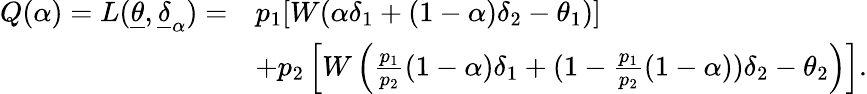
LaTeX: \begin{array}{rl}{Q(\alpha)=L(\underline{{\theta}},\underline{{\delta}}_{\alpha})=}&{p_{1}[W(\alpha\delta_{1}+(1-\alpha)\delta_{2}-\theta_{1})]}\\ &{+p_{2}\left[W\left(\frac{p_{1}}{p_{2}}(1-\alpha)\delta_{1}+(1-\frac{p_{1}}{p_{2}}(1-\alpha))\delta_{2}-\theta_{2}\right)\right].}\end{array}